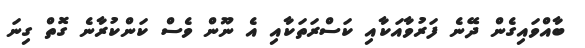
ބާއްވައިގެން ދޭނެ ފަރުވާއަކާއި ކަސްރަތަކާއި އެ ނޫން ވެސް ކަންކުރާނެ ގޮތް ގިނަ